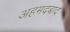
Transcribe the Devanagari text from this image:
अहमदबाद